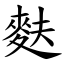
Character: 麩